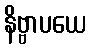
နိဗ္ဗာပယေ